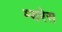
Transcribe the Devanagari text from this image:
म्यरेस